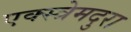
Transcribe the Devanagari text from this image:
एक्स्त्रेमदुरा